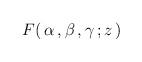
LaTeX: \begin{align*}\:F(\, \alpha \,, \beta \,, \gamma \,; z \,)\:\end{align*}